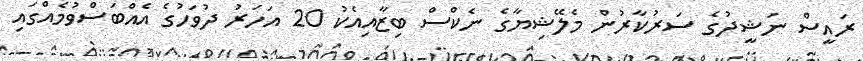
ރައީސް ނަޝީދުގެ ސަރުކާރުން މެލޭޝިޔާގެ ނެކްސް ބިޒާއިއެކު 20 އަހަރު ދުވަހުގެ އެއްބަސްވުމެއްގައި